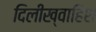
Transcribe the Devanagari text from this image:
दिलीख्वाहिश